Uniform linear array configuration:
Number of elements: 32
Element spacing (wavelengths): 0.5
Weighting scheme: hann
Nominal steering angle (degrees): -45
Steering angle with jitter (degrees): -43.443
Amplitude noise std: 0.05
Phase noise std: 0.05

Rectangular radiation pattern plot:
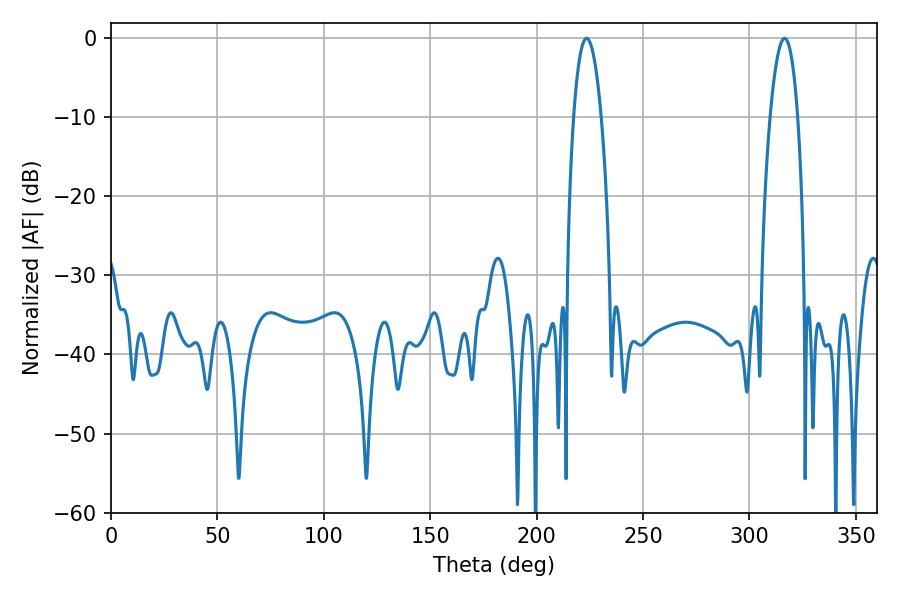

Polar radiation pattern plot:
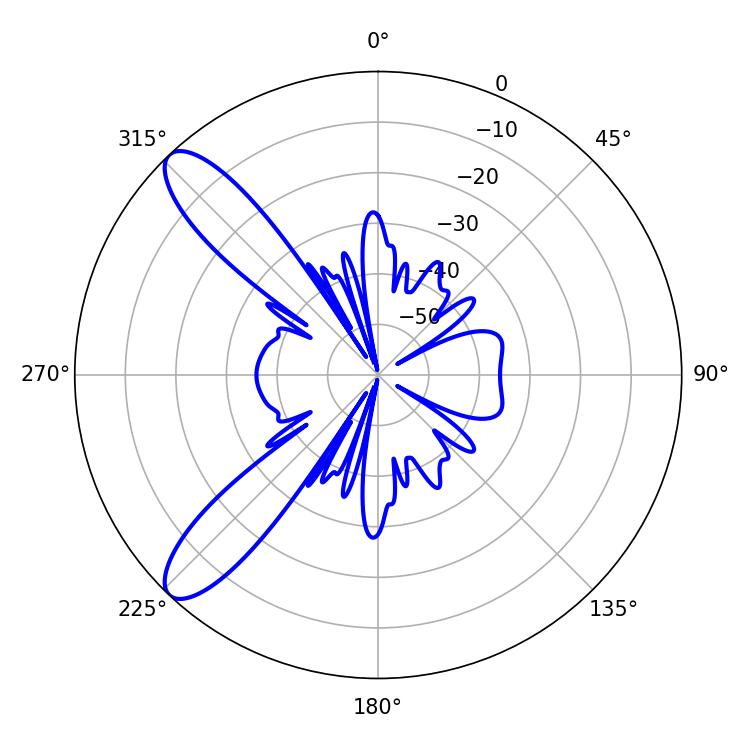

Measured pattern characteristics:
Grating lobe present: FALSE
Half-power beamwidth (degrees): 7.2
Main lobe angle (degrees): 223.56